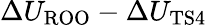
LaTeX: \Delta U_{\mathrm{ROO}}-\Delta U_{\mathrm{TS4}}